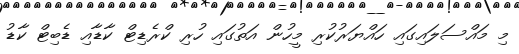
މި މައްސަލައިގައި ހައްޔަރުކުރި މީހުން އަތުގައި ހުރި ކްރެޑިޓް ކާޑާއި ޑެބިޓް ކާޑު